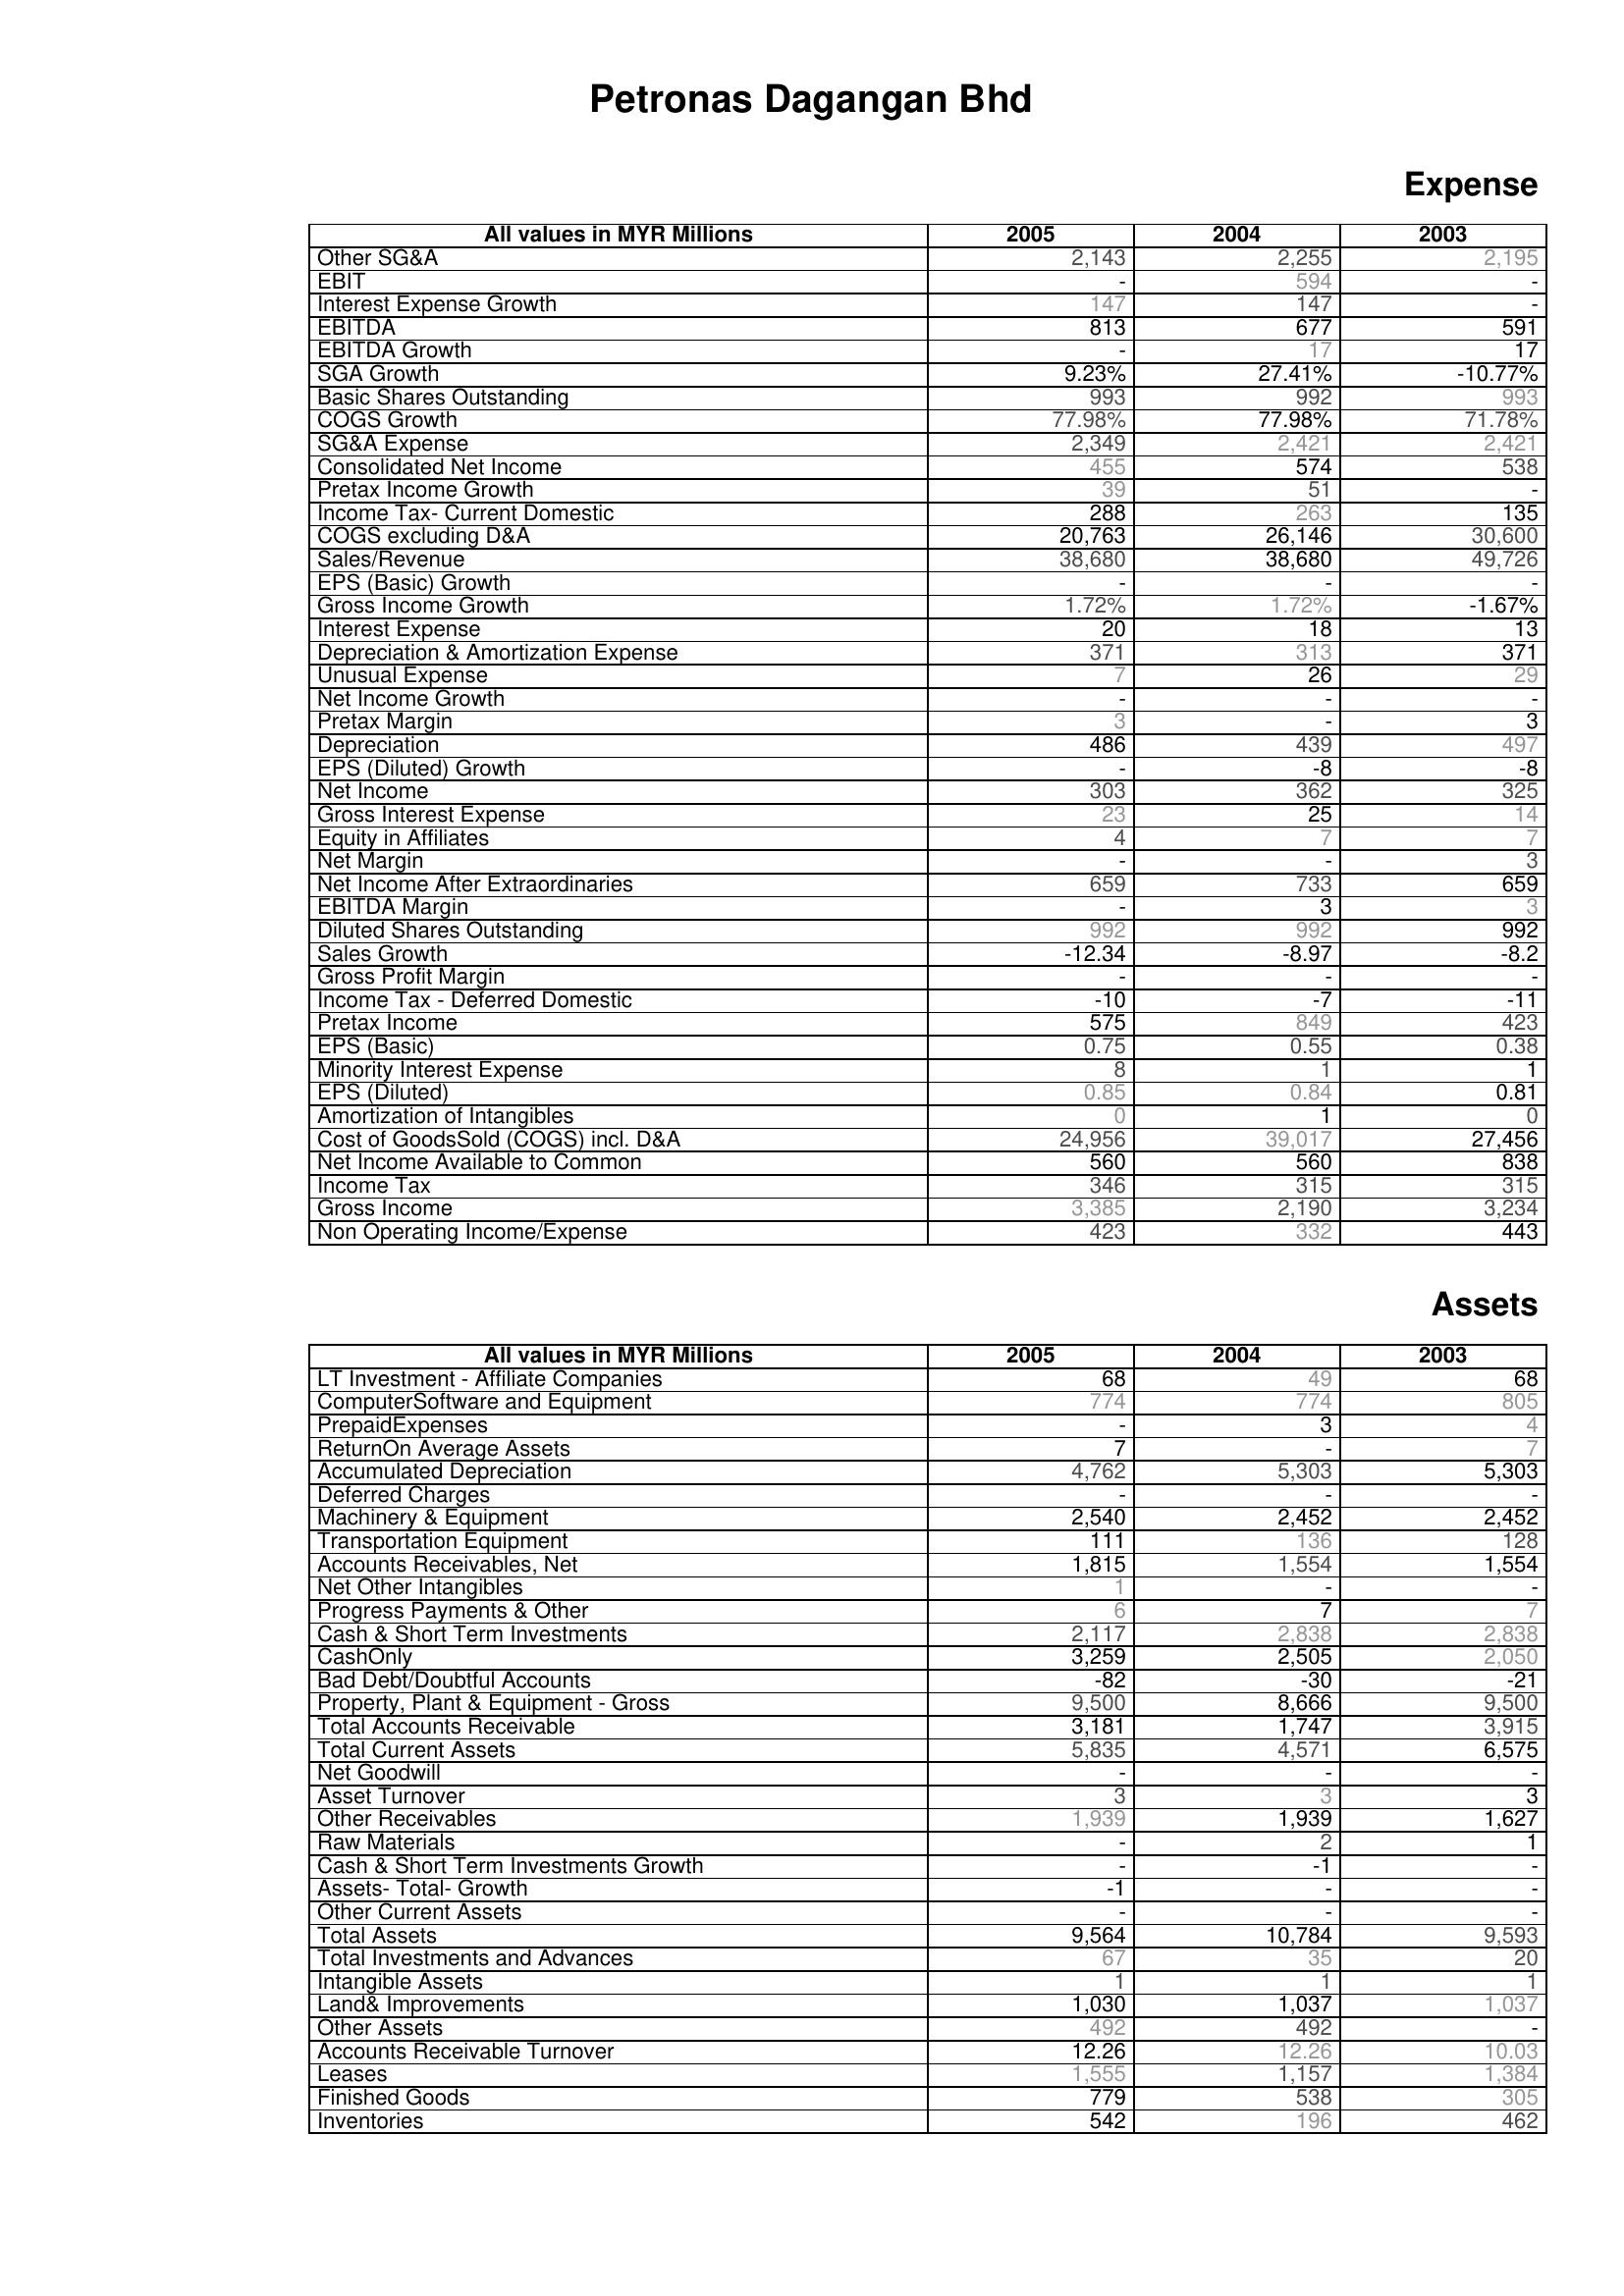
2005: Expense: Other SG&A: 2,143
EBIT: -
Interest Expense Growth: 147
EBITDA: 813
EBITDA Growth: -
SGA Growth: 9.23%
Basic Shares Outstanding: 993
COGS Growth: 77.98%
SG&A Expense: 2,349
Consolidated Net Income: 455
Pretax Income Growth: 39
Income Tax- Current Domestic: 288
COGS excluding D&A: 20,763
Sales/Revenue: 38,680
EPS (Basic) Growth: -
Gross Income Growth: 1.72%
Interest Expense: 20
Depreciation & Amortization Expense: 371
Unusual Expense: 7
Net Income Growth: -
Pretax Margin: 3
Depreciation: 486
EPS (Diluted) Growth: -
Net Income: 303
Gross Interest Expense: 23
Equity in Affiliates: 4
Net Margin: -
Net Income After Extraordinaries: 659
EBITDA Margin: -
Diluted Shares Outstanding: 992
Sales Growth: -12.34
Gross Profit Margin: -
Income Tax - Deferred Domestic: -10
Pretax Income: 575
EPS (Basic): 0.75
Minority Interest Expense: 8
EPS (Diluted): 0.85
Amortization of Intangibles: 0
Cost of GoodsSold (COGS) incl. D&A: 24,956
Net Income Available to Common: 560
Income Tax: 346
Gross Income: 3,385
Non Operating Income/Expense: 423
Assets: LT Investment - Affiliate Companies: 68
ComputerSoftware and Equipment: 774
PrepaidExpenses: -
ReturnOn Average Assets: 7
Accumulated Depreciation: 4,762
Deferred Charges: -
Machinery & Equipment: 2,540
Transportation Equipment: 111
Accounts Receivables, Net: 1,815
Net Other Intangibles: 1
Progress Payments & Other: 6
Cash & Short Term Investments: 2,117
CashOnly: 3,259
Bad Debt/Doubtful Accounts: -82
Property, Plant & Equipment - Gross : 9,500
Total Accounts Receivable: 3,181
Total Current Assets: 5,835
Net Goodwill: -
Asset Turnover: 3
Other Receivables: 1,939
Raw Materials: -
Cash & Short Term Investments Growth: -
Assets- Total- Growth: -1
Other Current Assets: -
Total Assets: 9,564
Total Investments and Advances: 67
Intangible Assets: 1
Land& Improvements: 1,030
Other Assets: 492
Accounts Receivable Turnover: 12.26
Leases: 1,555
Finished Goods: 779
Inventories: 542
2004: Expense: Other SG&A: 2,255
EBIT: 594
Interest Expense Growth: 147
EBITDA: 677
EBITDA Growth: 17
SGA Growth: 27.41%
Basic Shares Outstanding: 992
COGS Growth: 77.98%
SG&A Expense: 2,421
Consolidated Net Income: 574
Pretax Income Growth: 51
Income Tax- Current Domestic: 263
COGS excluding D&A: 26,146
Sales/Revenue: 38,680
EPS (Basic) Growth: -
Gross Income Growth: 1.72%
Interest Expense: 18
Depreciation & Amortization Expense: 313
Unusual Expense: 26
Net Income Growth: -
Pretax Margin: -
Depreciation: 439
EPS (Diluted) Growth: -8
Net Income: 362
Gross Interest Expense: 25
Equity in Affiliates: 7
Net Margin: -
Net Income After Extraordinaries: 733
EBITDA Margin: 3
Diluted Shares Outstanding: 992
Sales Growth: -8.97
Gross Profit Margin: -
Income Tax - Deferred Domestic: -7
Pretax Income: 849
EPS (Basic): 0.55
Minority Interest Expense: 1
EPS (Diluted): 0.84
Amortization of Intangibles: 1
Cost of GoodsSold (COGS) incl. D&A: 39,017
Net Income Available to Common: 560
Income Tax: 315
Gross Income: 2,190
Non Operating Income/Expense: 332
Assets: LT Investment - Affiliate Companies: 49
ComputerSoftware and Equipment: 774
PrepaidExpenses: 3
ReturnOn Average Assets: -
Accumulated Depreciation: 5,303
Deferred Charges: -
Machinery & Equipment: 2,452
Transportation Equipment: 136
Accounts Receivables, Net: 1,554
Net Other Intangibles: -
Progress Payments & Other: 7
Cash & Short Term Investments: 2,838
CashOnly: 2,505
Bad Debt/Doubtful Accounts: -30
Property, Plant & Equipment - Gross : 8,666
Total Accounts Receivable: 1,747
Total Current Assets: 4,571
Net Goodwill: -
Asset Turnover: 3
Other Receivables: 1,939
Raw Materials: 2
Cash & Short Term Investments Growth: -1
Assets- Total- Growth: -
Other Current Assets: -
Total Assets: 10,784
Total Investments and Advances: 35
Intangible Assets: 1
Land& Improvements: 1,037
Other Assets: 492
Accounts Receivable Turnover: 12.26
Leases: 1,157
Finished Goods: 538
Inventories: 196
2003: Expense: Other SG&A: 2,195
EBIT: -
Interest Expense Growth: -
EBITDA: 591
EBITDA Growth: 17
SGA Growth: -10.77%
Basic Shares Outstanding: 993
COGS Growth: 71.78%
SG&A Expense: 2,421
Consolidated Net Income: 538
Pretax Income Growth: -
Income Tax- Current Domestic: 135
COGS excluding D&A: 30,600
Sales/Revenue: 49,726
EPS (Basic) Growth: -
Gross Income Growth: -1.67%
Interest Expense: 13
Depreciation & Amortization Expense: 371
Unusual Expense: 29
Net Income Growth: -
Pretax Margin: 3
Depreciation: 497
EPS (Diluted) Growth: -8
Net Income: 325
Gross Interest Expense: 14
Equity in Affiliates: 7
Net Margin: 3
Net Income After Extraordinaries: 659
EBITDA Margin: 3
Diluted Shares Outstanding: 992
Sales Growth: -8.2
Gross Profit Margin: -
Income Tax - Deferred Domestic: -11
Pretax Income: 423
EPS (Basic): 0.38
Minority Interest Expense: 1
EPS (Diluted): 0.81
Amortization of Intangibles: 0
Cost of GoodsSold (COGS) incl. D&A: 27,456
Net Income Available to Common: 838
Income Tax: 315
Gross Income: 3,234
Non Operating Income/Expense: 443
Assets: LT Investment - Affiliate Companies: 68
ComputerSoftware and Equipment: 805
PrepaidExpenses: 4
ReturnOn Average Assets: 7
Accumulated Depreciation: 5,303
Deferred Charges: -
Machinery & Equipment: 2,452
Transportation Equipment: 128
Accounts Receivables, Net: 1,554
Net Other Intangibles: -
Progress Payments & Other: 7
Cash & Short Term Investments: 2,838
CashOnly: 2,050
Bad Debt/Doubtful Accounts: -21
Property, Plant & Equipment - Gross : 9,500
Total Accounts Receivable: 3,915
Total Current Assets: 6,575
Net Goodwill: -
Asset Turnover: 3
Other Receivables: 1,627
Raw Materials: 1
Cash & Short Term Investments Growth: -
Assets- Total- Growth: -
Other Current Assets: -
Total Assets: 9,593
Total Investments and Advances: 20
Intangible Assets: 1
Land& Improvements: 1,037
Other Assets: -
Accounts Receivable Turnover: 10.03
Leases: 1,384
Finished Goods: 305
Inventories: 462